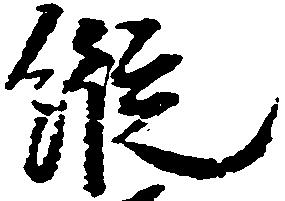
縦